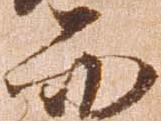
而